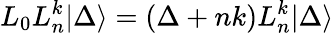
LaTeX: L_{0}L_{n}^{k}|\Delta\rangle=(\Delta+nk)L_{n}^{k}|\Delta\rangle